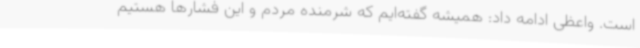
است. واعظی ادامه داد: همیشه گفته‌ایم که شرمنده مردم و این فشارها هستیم